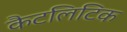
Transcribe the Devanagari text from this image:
कैटलिटिक